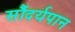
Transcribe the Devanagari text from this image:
सौंदर्यपान